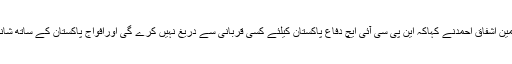
مرکزی چیئرمین اشفاق احمدنے کہاکہ این پی سی آئی ایچ دفاع پاکستان کیلئے کسی قربانی سے دریغ نہیں کرے گی اورافواج پاکستان کے ساتھ شانہ بشانہ ہوگی۔